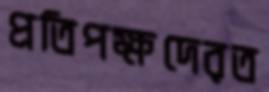
প্রতিপক্ষদেরত